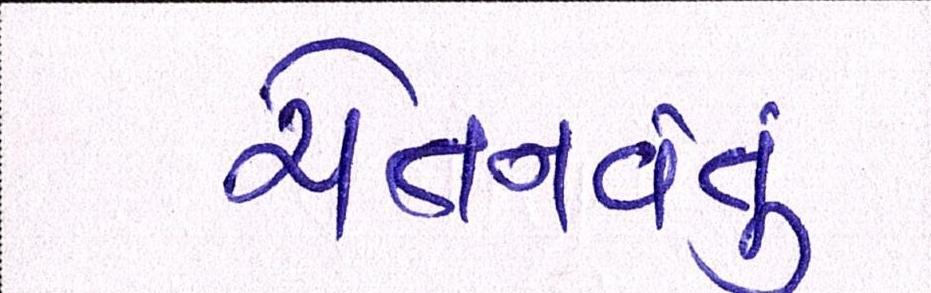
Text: ચેતનવંતું